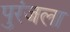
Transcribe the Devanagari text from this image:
पुरंजला